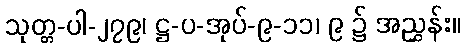
သုတ္တ-ပါ-၂၇၉၊ ဋ္ဌ-ပ-အုပ်-၉-၁၁၊ ၉ ၌ အညွှန်း။